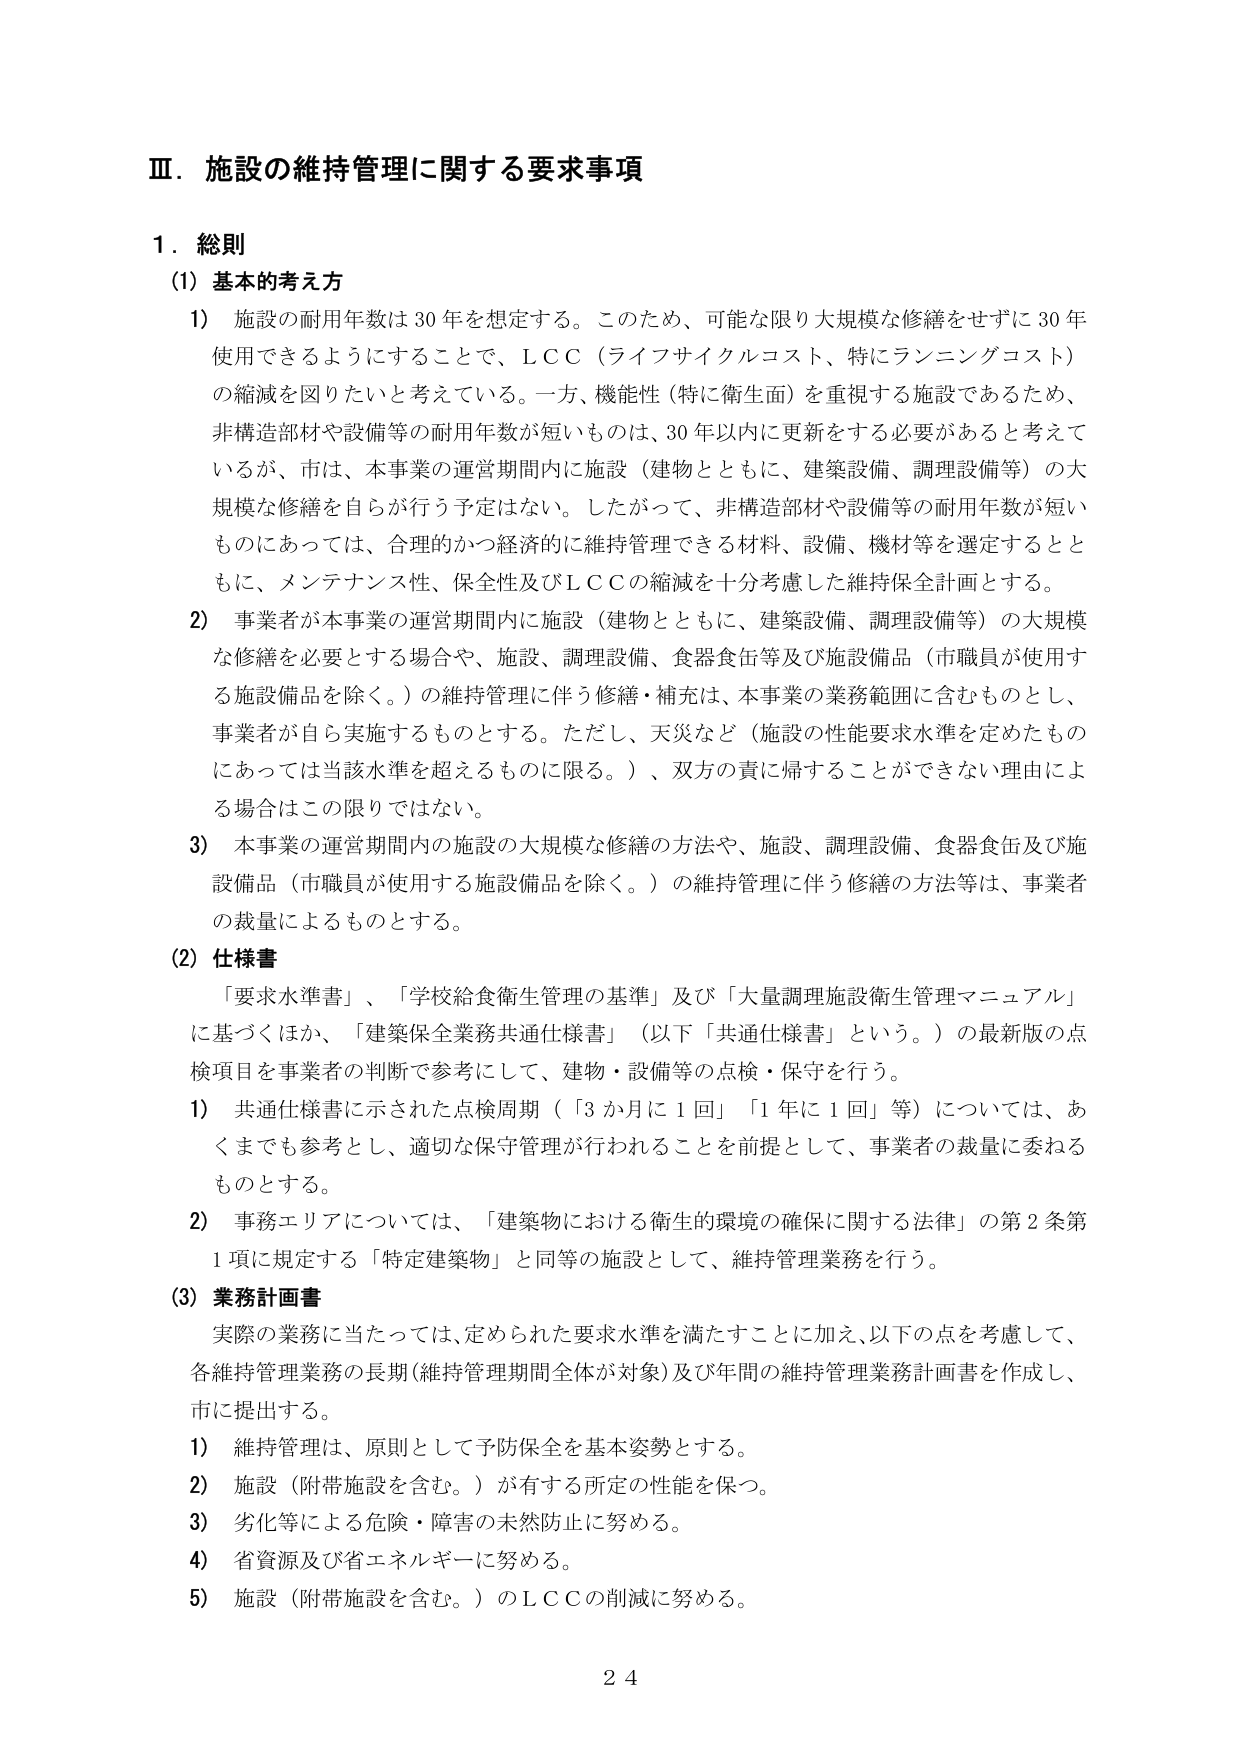
Ⅲ．施設の維持管理に関する要求事項

１．総則

（1）基本的考え方

1）施設の耐用年数は30年を想定する。このため、可能な限り大規模な修繕をせずに30年使用できるようにすることで、ＬＣＣ（ライフサイクルコスト、特にランニングコスト）の縮減を図りたいと考えている。一方、機能性（特に衛生面）を重視する施設であるため、非構造部材や設備等の耐用年数が短いものは、30年以内に更新をする必要があると考えているが、市は、本事業の運営期間内に施設（建物とともに、建築設備、調理設備等）の大規模な修繕を自らが行う予定はない。したがって、非構造部材や設備等の耐用年数が短いものにあっては、合理的かつ経済的に維持管理できる材料、設備、機材等を選定するとともに、メンテナンス性、保全性及びＬＣＣの縮減を十分考慮した維持保全計画とする。

2）事業者が本事業の運営期間内に施設（建物とともに、建築設備、調理設備等）の大規模な修繕を必要とする場合や、施設、調理設備、食器食缶等及び施設備品（市職員が使用する施設備品を除く。）の維持管理に伴う修繕・補充は、本事業の業務範囲に含むものとし、事業者が自ら実施するものとする。ただし、天災など（施設の性能要求水準を定めたものにあっては当該水準を超えるものに限る。）、双方の責に帰することができない理由による場合はこの限りではない。

3）本事業の運営期間内の施設の大規模な修繕の方法や、施設、調理設備、食器食缶及び施設備品（市職員が使用する施設備品を除く。）の維持管理に伴う修繕の方法等は、事業者の裁量によるものとする。

（2）仕様書

「要求水準書」、「学校給食衛生管理の基準」及び「大量調理施設衛生管理マニュアル」に基づくほか、「建築保全業務共通仕様書」（以下「共通仕様書」という。）の最新版の点検項目を事業者の判断で参考にして、建物・設備等の点検・保守を行う。

1）共通仕様書に示された点検周期（「3か月に1回」「1年に1回」等）については、あくまでも参考とし、適切な保守管理が行われることを前提として、事業者の裁量に委ねるものとする。

2）事務エリアについては、「建築物における衛生的環境の確保に関する法律」の第2条第1項に規定する「特定建築物」と同等の施設として、維持管理業務を行う。

（3）業務計画書

実際の業務に当たっては、定められた要求水準を満たすことに加え、以下の点を考慮して、各維持管理業務の長期（維持管理期間全体が対象）及び年間の維持管理業務計画書を作成し、市に提出する。

1）維持管理は、原則として予防保全を基本姿勢とする。

2）施設（附帯施設を含む。）が有する所定の性能を保つ。

3）劣化等による危険・障害の未然防止に努める。

4）省資源及び省エネルギーに努める。

5）施設（附帯施設を含む。）のＬＣＣの削減に努める。

24